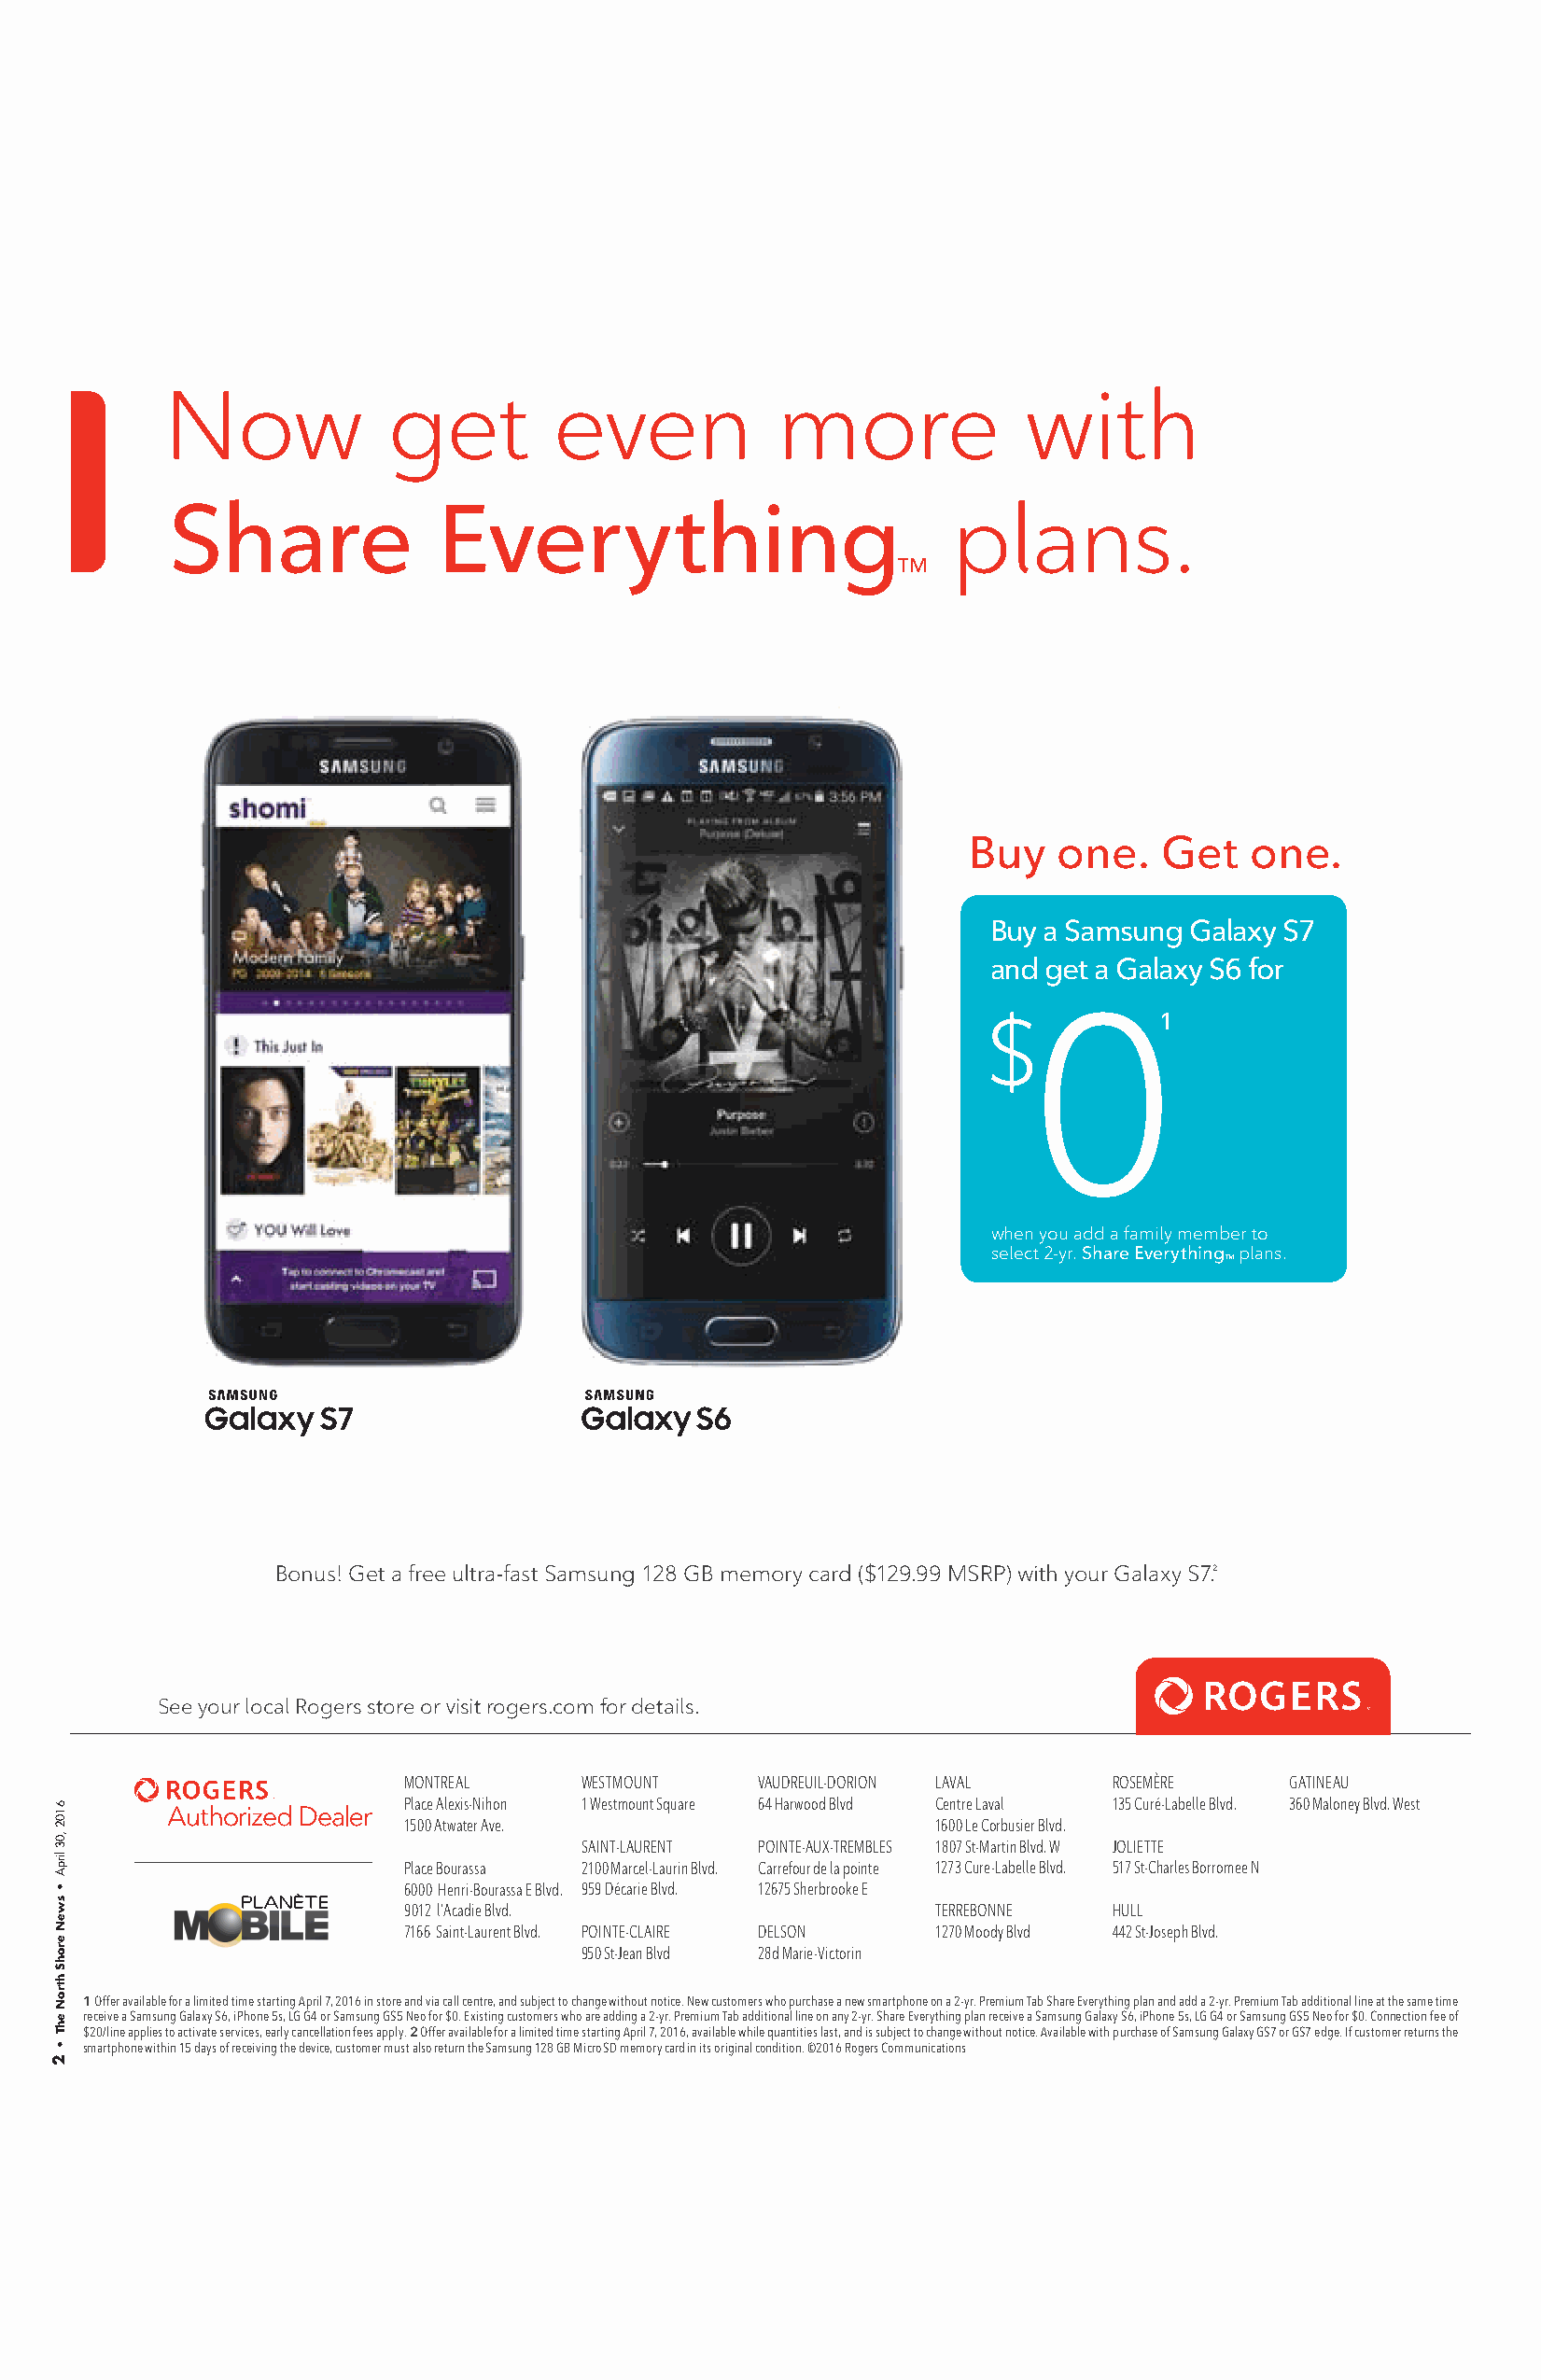
Now            get         even            more              with
 Share              Everything                          plans.
 TM
 Buy   one.   Get    one.
 Buy a Samsung Galaxy S7
 and get a Galaxy S6 for
 0
 $           1
 when you add a family member to
 select 2-yr. Share Everything plans.
 TM
 Bonus! Get a free ultra-fast Samsung 128 GB memory card ($129.99 MSRP) with your Galaxy S7.2
 See your local Rogers store or visit rogers.com for details.
 MONTREAL    WESTMOUNT    VAUDREUIL-DORION LAVAL   ROSEMÈRE    GATINEAU
 Place Alexis-Nihon 1 Westmount Square 64 Harwood Blvd Centre Laval 135 Curé-Labelle Blvd. 360 Maloney Blvd. West
 1500 Atwater Ave.                    1600 Le Corbusier Blvd.
 SAINT-LAURENT POINTE-AUX-TREMBLES 1807 St-Martin Blvd. W JOLIETTE
 Place Bourassa 2100 Marcel-Laurin Blvd. Carrefour de la pointe 1273 Cure-Labelle Blvd. 517 St-Charles Borromee N
 6000 Henri-Bourassa E Blvd. 959 Décarie Blvd. 12675 Sherbrooke E
 9012 l’Acadie Blvd.                  TERREBONNE   HULL
 7166 Saint-Laurent Blvd. POINTE-CLAIRE DELSON 1270 Moody Blvd 442 St-Joseph Blvd.
 950 St-Jean Blvd 28d Marie-Victorin
 1 Offer available for a limited time starting April 7, 2016 in store and via call centre, and subject to change without notice. New customers who purchase a new smartphone on a 2-yr. Premium Tab Share Everything plan and add a 2-yr. Premium Tab additional line at the same time
 receive a Samsung Galaxy S6, iPhone 5s, LG G4 or Samsung GS5 Neo for $0. Existing customers who are adding a 2-yr. Premium Tab additional line on any 2-yr. Share Everything plan receive a Samsung Galaxy S6, iPhone 5s, LG G4 or Samsung GS5 Neo for $0. Connection fee of
 $20/line applies to activate services, early cancellation fees apply. 2 Offer available for a limited time starting April 7, 2016, available while quantities last, and is subject to change without notice. Available with purchase of Samsung Galaxy GS7 or GS7 edge. If customer returns the
 smartphone within 15 days of receiving the device, customer must also return the Samsung 128 GB Micro SD memory card in its original condition. ©2016 Rogers Communications
 6102
 ,03
 lirpA
 •
 sweN
 erohS
 htroN
 ehT
 •
 2